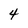
Character: 4